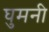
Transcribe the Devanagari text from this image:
घुमनी